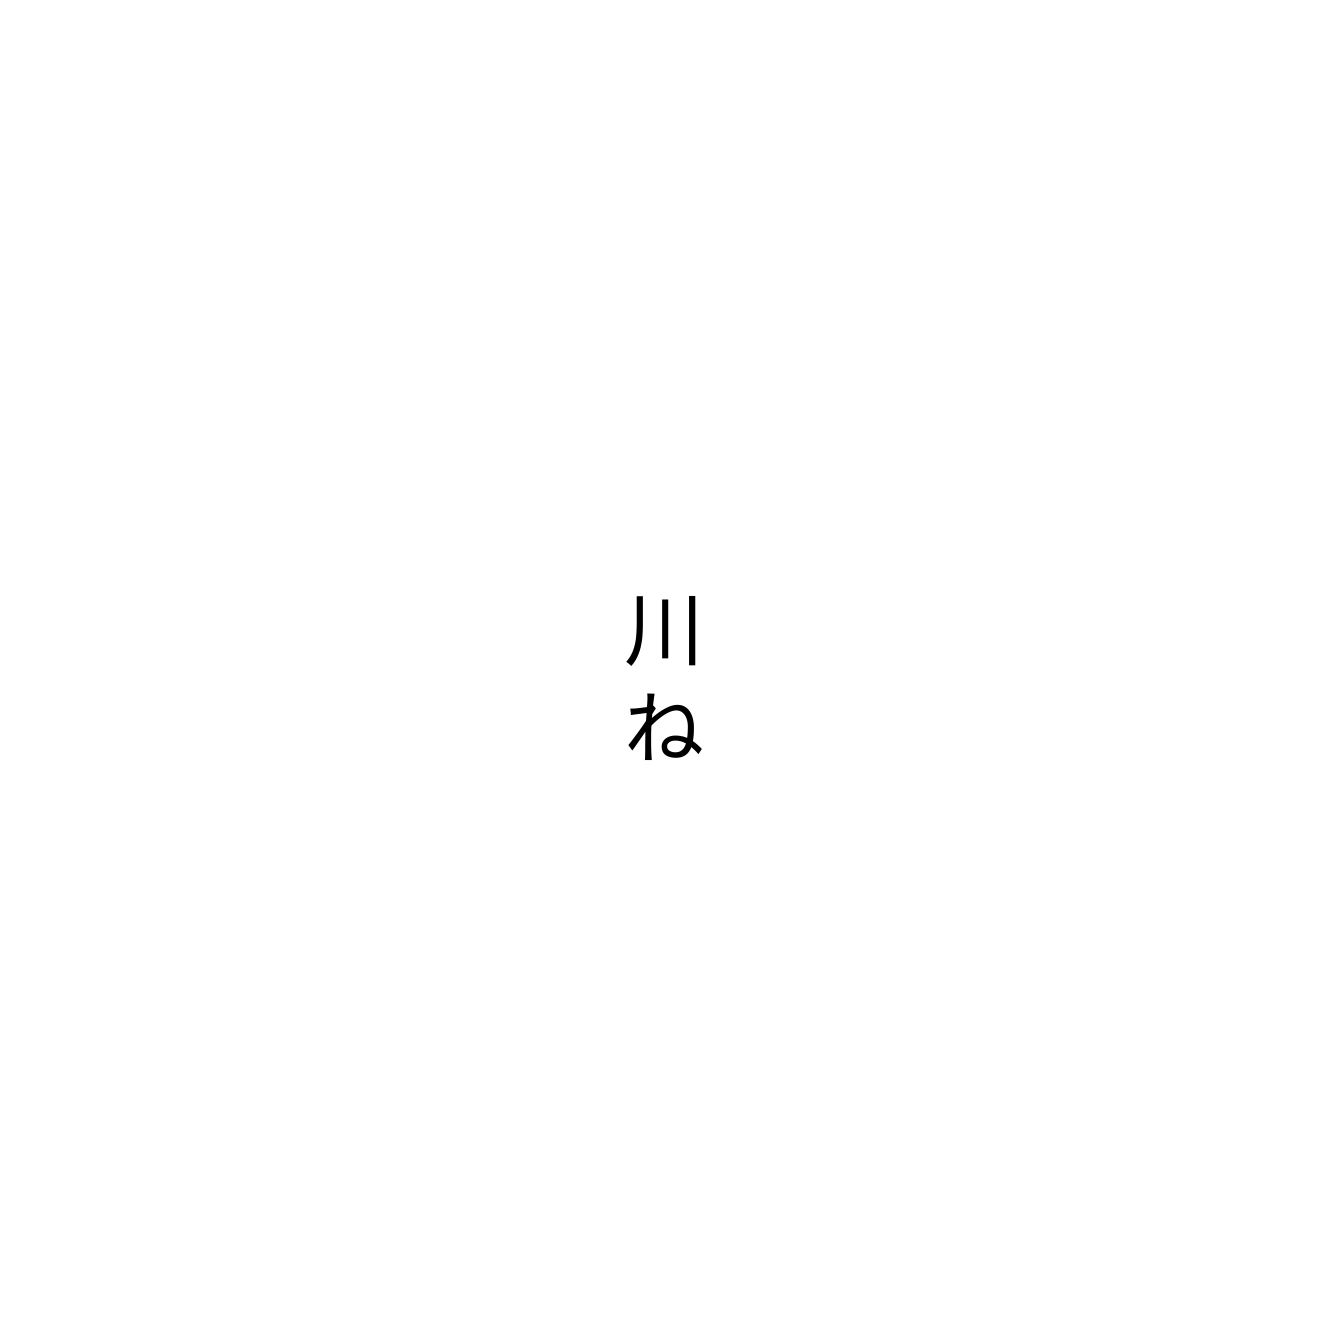
川ね